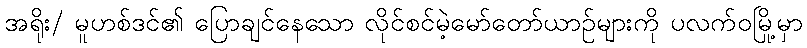
အရိုး/ မူဟစ်ဒင်၏ ပြောချင်နေသော လိုင်စင်မဲ့မော်တော်ယာဉ်များကို ပလက်ဝမြို့မှာ